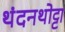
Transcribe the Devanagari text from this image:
थंदनथोट्टा